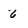
Character: 6